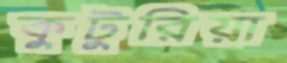
কুটুরিয়া